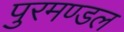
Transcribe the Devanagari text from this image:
पुरमण्डल